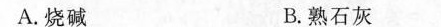
A.烧碱 B.熟石灰